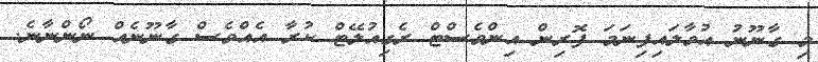
މި ގާނޫނު އުވާލައިފިނަމަ ފޮރިން އިންވެސްޓް ރެގިއުލޭޓް ކުރާ އެއްވެސް ގާނޫނެއް ނޯންނާނެ.